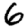
Digit: 6